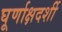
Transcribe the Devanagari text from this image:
घूर्णाक्षदर्शी